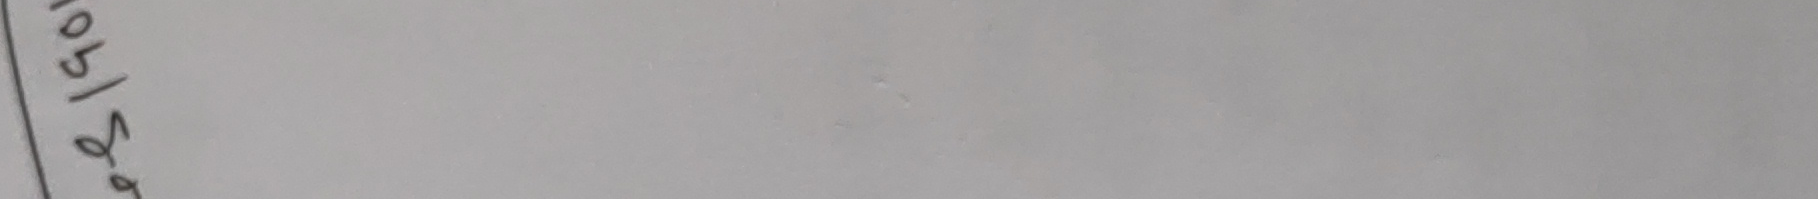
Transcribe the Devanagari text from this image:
१८/०९९